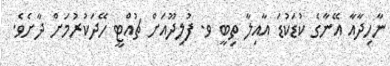
ނާހިދާއާ އޭނާގެ ކުޑަކުޑަ އާއިލާ ތިބީ ވ. ފުލިދޫއަށް ޗުއްޓީ ހޭދަކުރުމަށް ދާށެވެ.